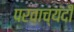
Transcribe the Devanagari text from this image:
परवाच्यंदी